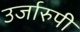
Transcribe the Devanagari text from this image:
उर्जारुपी